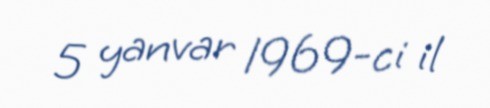
5 yanvar 1969-ci il